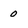
Character: 0